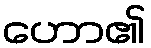
ဟော၏